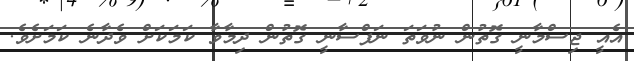
އެއީ ޖިސްމާނީ ގޮތުން ނުވަތަ ނަފްސާނީ ގޮތުން ދިމާވާ ކަމަކަށް ވެދާނެ ކަމަށެވެ.